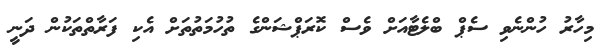
މިހާރު ހުންނެވި ސެޕް ބްލެޓާއަށް ވެސް ކޮރަޕްޝަންގެ ތުހުމަތުތަށް އެކި ފަރާތްތަކުން ދަނީ